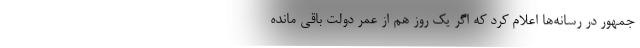
جمهور در رسانه‌ها اعلام کرد که اگر یک روز هم از عمر دولت باقی مانده